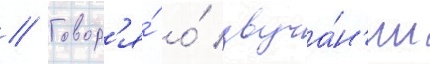
// Говор'я́ о́ звуча́н'ии